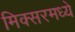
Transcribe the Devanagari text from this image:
मिक्‍सरमध्ये